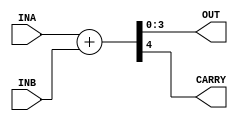

module FOUR_BIT_ADDER(
    input [3:0] INA,
    input [3:0] INB,
    output [3:0] OUT,
    output CARRY
);
    wire [4:0] res;
    assign res = INA + INB;
    assign OUT[3:0] = res[3:0];
    assign CARRY = res[4]; 
    
endmodule